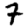
Digit: 7